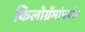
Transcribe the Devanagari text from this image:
किलोग्रॅमांपर्यंत